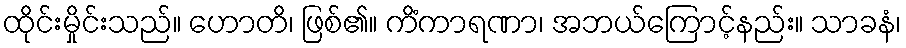
ထိုင်းမှိုင်းသည်။ ဟောတိ၊ ဖြစ်၏။ ကိံကာရဏာ၊ အဘယ်ကြောင့်နည်း။ သာခနံ၊